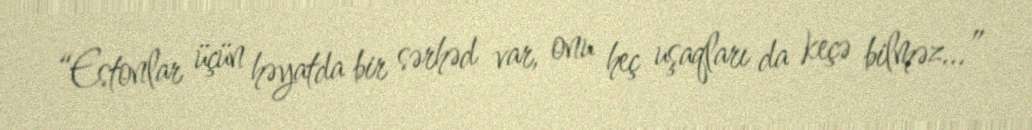
“Estonlar üçün həyatda bir sərhəd var, onu heç uşaqları da keçə bilməz...”